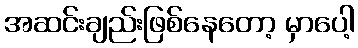
အဆင်းချည်းဖြစ်နေတော့ မှာပေါ့